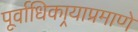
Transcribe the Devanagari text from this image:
पूर्वाधिकार्‍याप्रमाणे